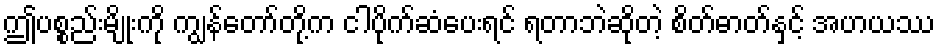
ဤပစ္စည်းမျိုးကို ကျွန်တော်တို့က ငါပိုက်ဆံပေးရင် ရတာဘဲဆိုတဲ့ စိတ်ဓာတ်နှင့် အဟယဿ